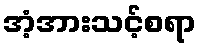
အံ့အားသင့်စရာ